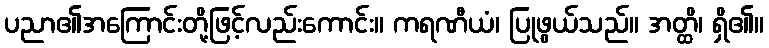
ပညာ၏အကြောင်းတို့ဖြင့်လည်းကောင်း။ ကရဏီယံ၊ ပြုဖွယ်သည်။ အတ္ထိ၊ ရှိ၏။